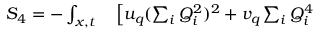
\begin{array} { r l } { S _ { 4 } = - \int _ { x , t } } & { { } \left[ u _ { q } ( \sum _ { i } Q _ { i } ^ { 2 } ) ^ { 2 } + v _ { q } \sum _ { i } Q _ { i } ^ { 4 } \right. } \end{array}